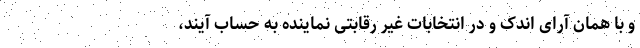
و با همان آرای اندک و در انتخابات غیر رقابتی نماینده به حساب آیند،